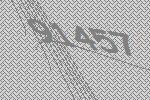
91457